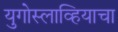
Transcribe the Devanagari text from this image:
युगोस्लाव्हियाचा